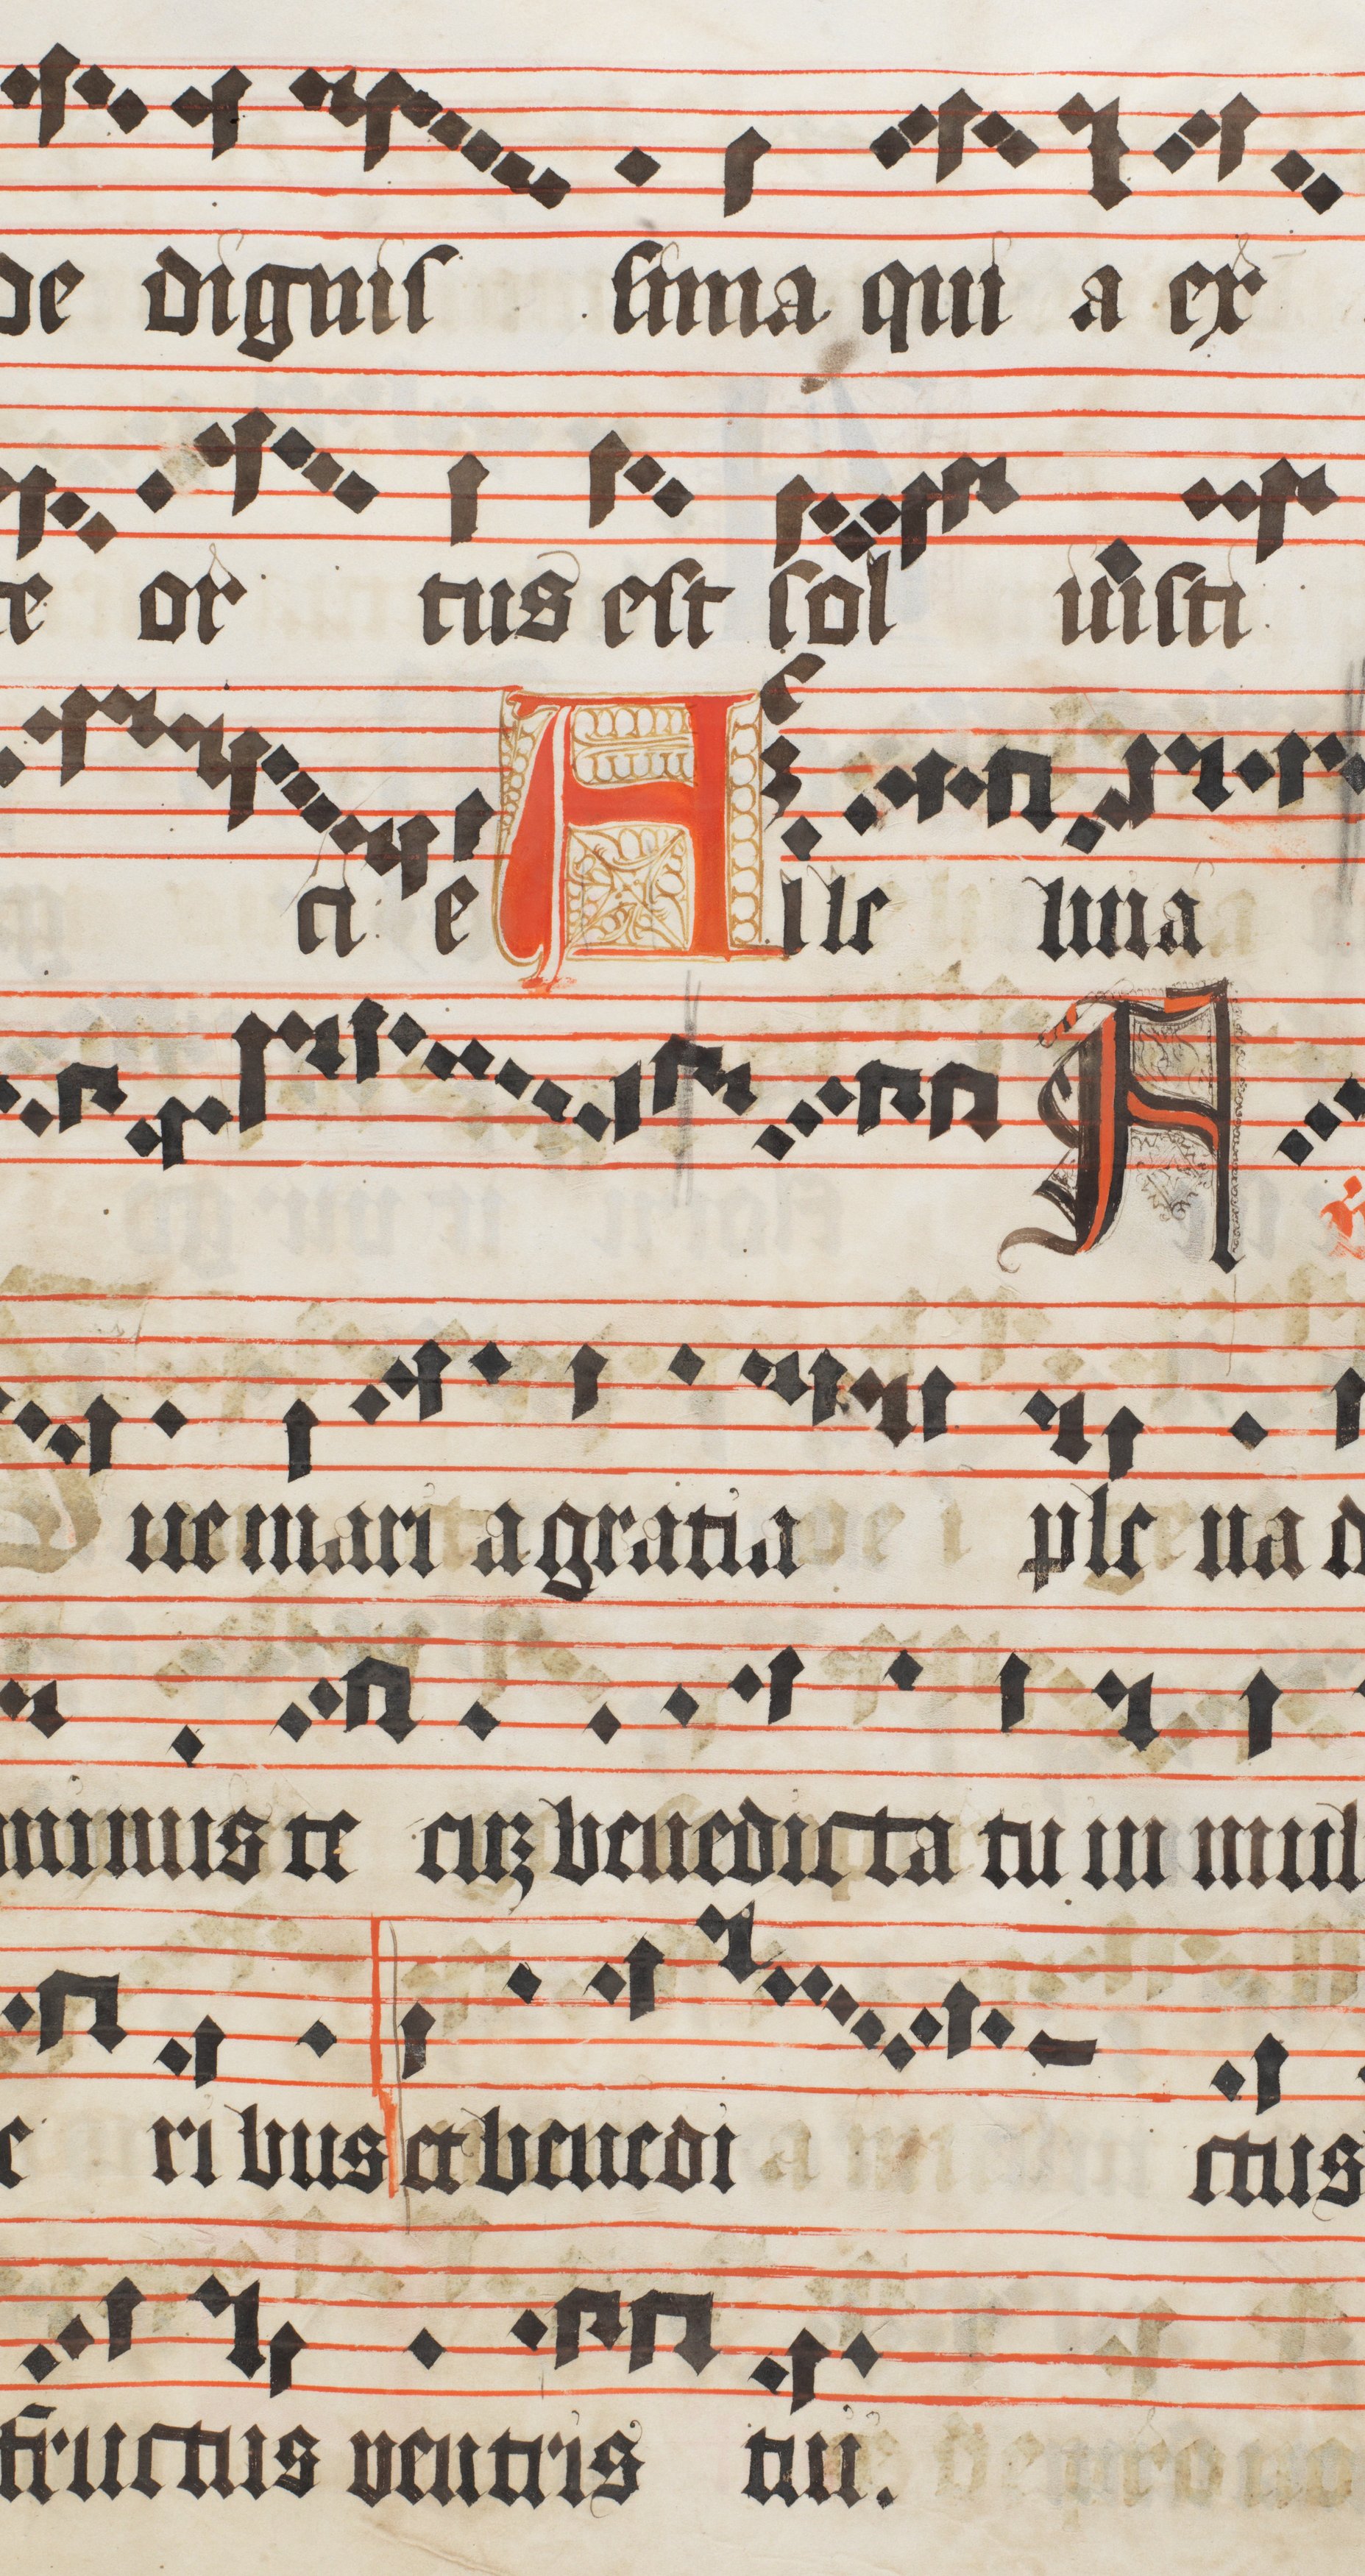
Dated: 1473–1473